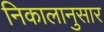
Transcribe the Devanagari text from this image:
निकालानुसार